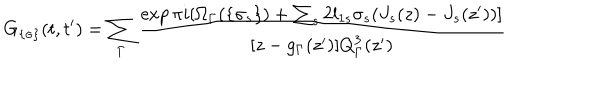
G _ { \{ \sigma \} } ( t , t ^ { \prime } ) = \sum _ { \Gamma } \frac { \exp \pi i [ \Omega _ { \Gamma } ( \{ \sigma _ { s } \} ) + \sum _ { s } 2 l _ { 1 s } \sigma _ { s } ( J _ { s } ( z ) - J _ { s } ( z ^ { \prime } ) ) ] } { [ z - g _ { \Gamma } ( z ^ { \prime } ) ] Q _ { \Gamma } ^ { 3 } ( z ^ { \prime } ) }